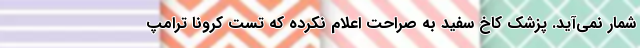
شمار نمی‌آید. پزشک کاخ سفید به صراحت اعلام نکرده که تست کرونا ترامپ